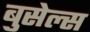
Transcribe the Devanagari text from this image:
बुसेल्स